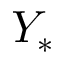
Y _ { * }